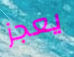
يعجز